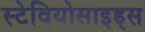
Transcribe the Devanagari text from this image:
स्टेवियोसाइड्स